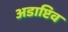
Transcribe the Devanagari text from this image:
अडाप्टिव